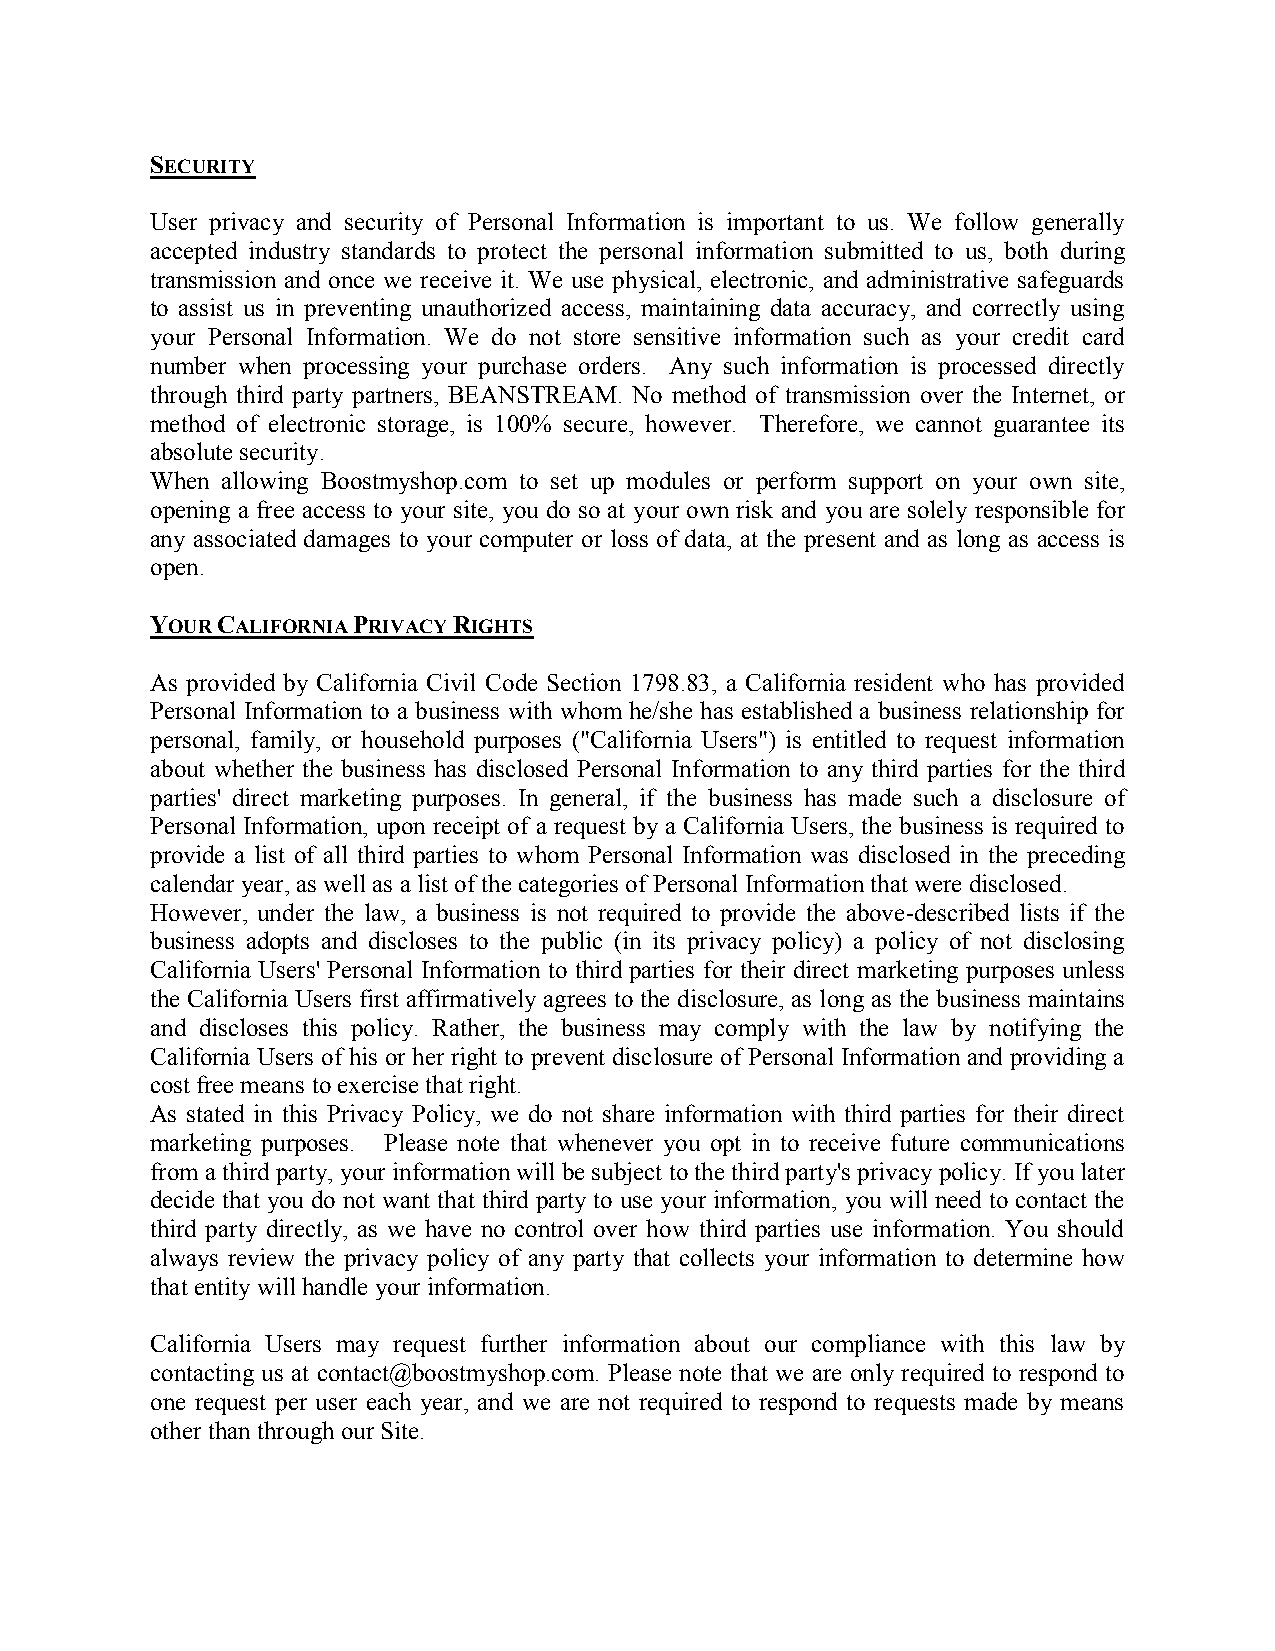
SECURITY
 User privacy and security of Personal Information is important to us. We follow generally
 accepted industry standards to protect the personal information submitted to us, both during
 transmission and once we receive it. We use physical, electronic, and administrative safeguards
 to assist us in preventing unauthorized access, maintaining data accuracy, and correctly using
 your Personal Information. We do not store sensitive information such as your credit card
 number when processing your purchase orders. Any such information is processed directly
 through third party partners, BEANSTREAM. No method of transmission over the Internet, or
 method of electronic storage, is 100% secure, however. Therefore, we cannot guarantee its
 absolute security.
 When allowing Boostmyshop.com to set up modules or perform support on your own site,
 opening a free access to your site, you do so at your own risk and you are solely responsible for
 any associated damages to your computer or loss of data, at the present and as long as access is
 open.
 YOUR CALIFORNIA PRIVACY RIGHTS
 As provided by California Civil Code Section 1798.83, a California resident who has provided
 Personal Information to a business with whom he/she has established a business relationship for
 personal, family, or household purposes ("California Users") is entitled to request information
 about whether the business has disclosed Personal Information to any third parties for the third
 parties' direct marketing purposes. In general, if the business has made such a disclosure of
 Personal Information, upon receipt of a request by a California Users, the business is required to
 provide a list of all third parties to whom Personal Information was disclosed in the preceding
 calendar year, as well as a list of the categories of Personal Information that were disclosed.
 However, under the law, a business is not required to provide the above-described lists if the
 business adopts and discloses to the public (in its privacy policy) a policy of not disclosing
 California Users' Personal Information to third parties for their direct marketing purposes unless
 the California Users first affirmatively agrees to the disclosure, as long as the business maintains
 and discloses this policy. Rather, the business may comply with the law by notifying the
 California Users of his or her right to prevent disclosure of Personal Information and providing a
 cost free means to exercise that right.
 As stated in this Privacy Policy, we do not share information with third parties for their direct
 marketing purposes. Please note that whenever you opt in to receive future communications
 from a third party, your information will be subject to the third party's privacy policy. If you later
 decide that you do not want that third party to use your information, you will need to contact the
 third party directly, as we have no control over how third parties use information. You should
 always review the privacy policy of any party that collects your information to determine how
 that entity will handle your information.
 California Users may request further information about our compliance with this law by
 contacting us at contact@boostmyshop.com. Please note that we are only required to respond to
 one request per user each year, and we are not required to respond to requests made by means
 other than through our Site.